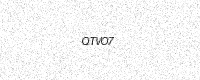
Text: QTVO7